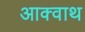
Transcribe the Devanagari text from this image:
आक्वाथ